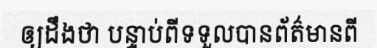
ឲ្យដឹងថា បន្ទាប់ពីទទួលបានព័ត៌មានពី